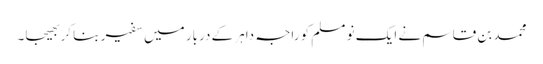
محمد بن قاسم نے ایک نو مسلم کو راجہ داہر کے دربار میں سفیر بنا کر بھیجا۔